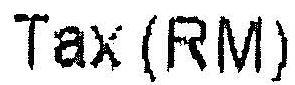
TAX (RM)